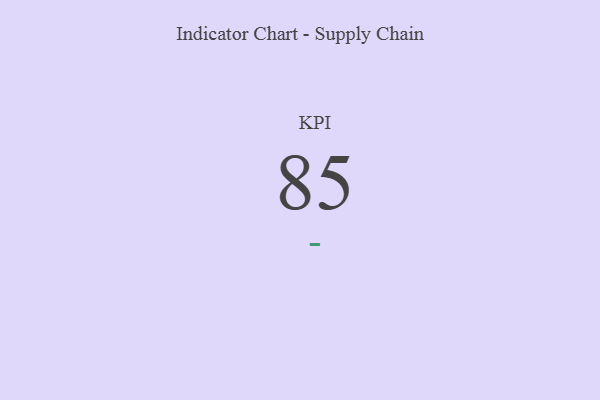
{"axis": {"x": "KPI", "y": "Value"}, "legend": [""], "data": [{"x": "KPI", "y": 85, "type": ""}]}